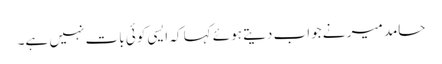
حامد میر نے جواب دیتے ہوئے کہا کہ ایسی کوئی بات نہیں ہے۔